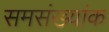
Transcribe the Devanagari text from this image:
समसंख्यांक